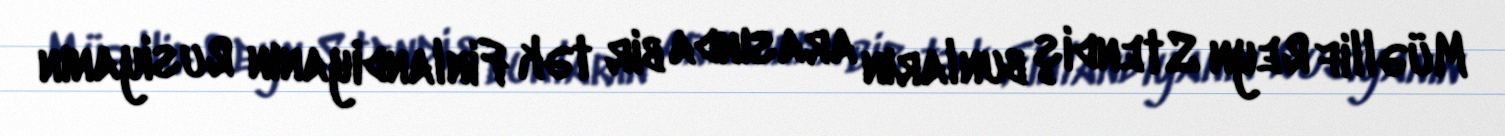
Müəllif Reyn Stendiş bunların arasında bir tək Finlandiyanın Rusiyanın